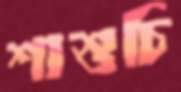
শাশুচি